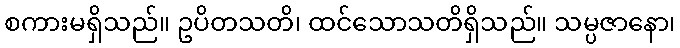
စကားမရှိသည်။ ဥပိတသတိ၊ ထင်သောသတိရှိသည်။ သမ္ပဇာနော၊